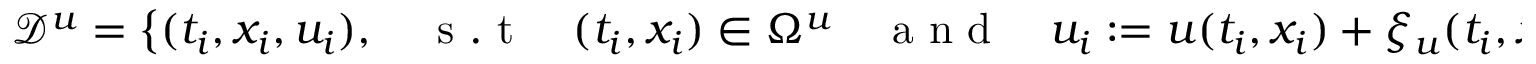
\mathcal { D } ^ { u } = \left\{ ( t _ { i } , x _ { i } , u _ { i } ) , \quad \mathrm { ~ s ~ . ~ t ~ } \quad ( t _ { i } , x _ { i } ) \in \Omega ^ { u } \quad \mathrm { ~ a ~ n ~ d ~ } \quad u _ { i } : = u ( t _ { i } , x _ { i } ) + \xi _ { u } ( t _ { i } , x _ { i } ) , \, i = 1 . . . N ^ { u } \right\}